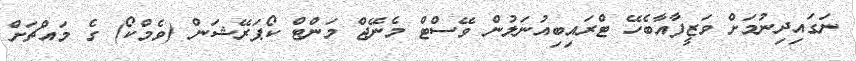
ނަގައިދިނުމަށް ވަޒީފާއާބެހޭ ޓްރައިބިއުނަލުން ވޭސްޓް މެނޭޖް މަންޓް ކޯޕަރޭޝަން (ވެމްކޯ) ގެ މައްޗަށް